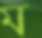
ম